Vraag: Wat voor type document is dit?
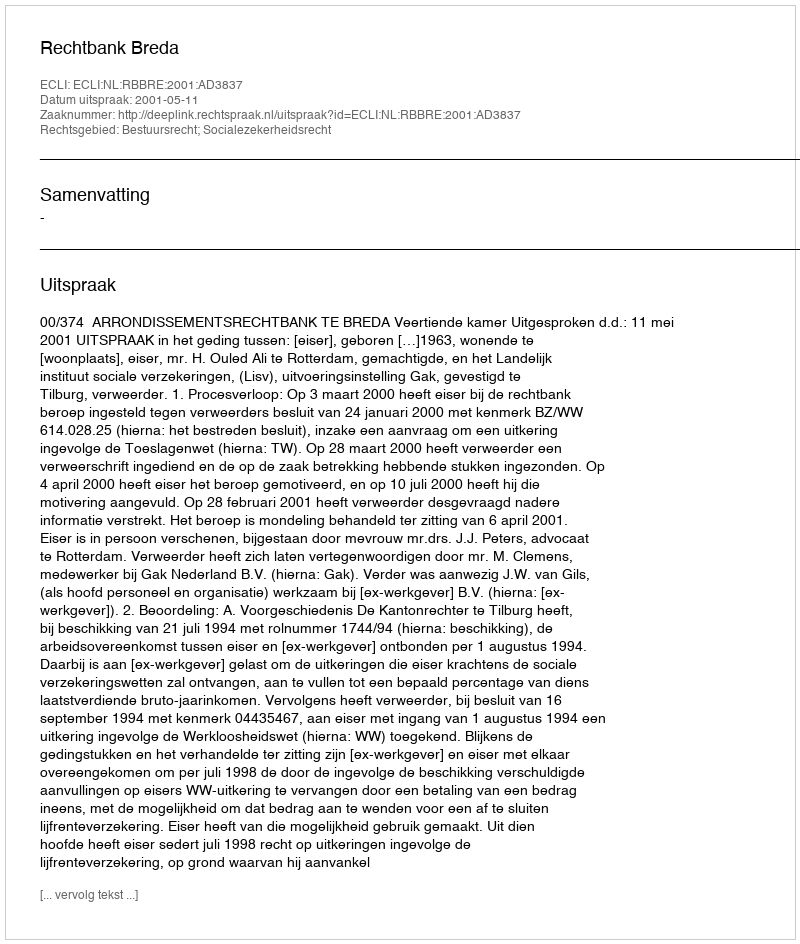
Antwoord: Uitspraak